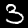
Label: 3